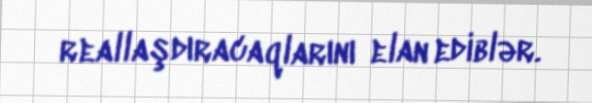
reallaşdıracaqlarını elan ediblər.